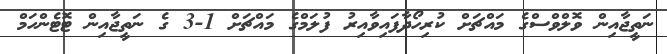
ނަތީޖާއިން ވޮލްވްސްގެ މައްޗަށް ކުރިހޯދާފައިވާއިރު ފުލަމްގެ މައްޗަށް 1-3 ގެ ނަތީޖާއިން ޓޮޓެންހަމް